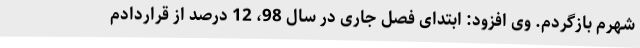
شهرم بازگردم. وی افزود: ابتدای فصل جاری در سال 98، 12 درصد از قراردادم